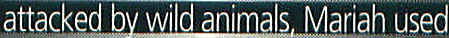
attacked by wild animals. Mariah used